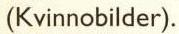
(Kvinnobilder).